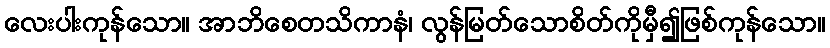
လေးပါးကုန်သော။ အာဘိစေတသိကာနံ၊ လွန်မြတ်သောစိတ်ကိုမှီ၍ဖြစ်ကုန်သော။